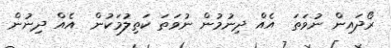
ރޯދައިން ނުވަތަ  އެއް ދިނުމުން ނުވަތަ ކަތިލުމަކުން  އެއް ދިނުން